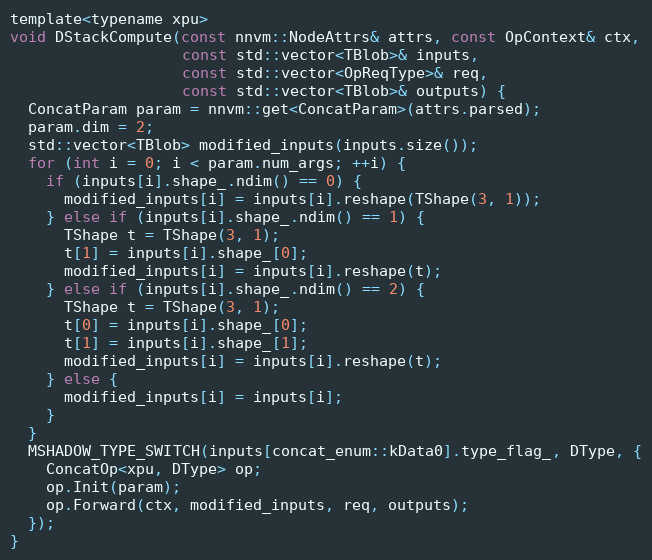
Language: C
template<typename xpu>
void DStackCompute(const nnvm::NodeAttrs& attrs, const OpContext& ctx,
                   const std::vector<TBlob>& inputs,
                   const std::vector<OpReqType>& req,
                   const std::vector<TBlob>& outputs) {
  ConcatParam param = nnvm::get<ConcatParam>(attrs.parsed);
  param.dim = 2;
  std::vector<TBlob> modified_inputs(inputs.size());
  for (int i = 0; i < param.num_args; ++i) {
    if (inputs[i].shape_.ndim() == 0) {
      modified_inputs[i] = inputs[i].reshape(TShape(3, 1));
    } else if (inputs[i].shape_.ndim() == 1) {
      TShape t = TShape(3, 1);
      t[1] = inputs[i].shape_[0];
      modified_inputs[i] = inputs[i].reshape(t);
    } else if (inputs[i].shape_.ndim() == 2) {
      TShape t = TShape(3, 1);
      t[0] = inputs[i].shape_[0];
      t[1] = inputs[i].shape_[1];
      modified_inputs[i] = inputs[i].reshape(t);
    } else {
      modified_inputs[i] = inputs[i];
    }
  }
  MSHADOW_TYPE_SWITCH(inputs[concat_enum::kData0].type_flag_, DType, {
    ConcatOp<xpu, DType> op;
    op.Init(param);
    op.Forward(ctx, modified_inputs, req, outputs);
  });
}